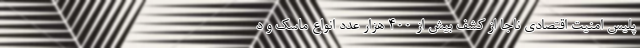
پلیس امنیت اقتصادی ناجا از کشف بیش از ۴۰۰ هزار عدد انواع ماسک و د